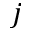
j